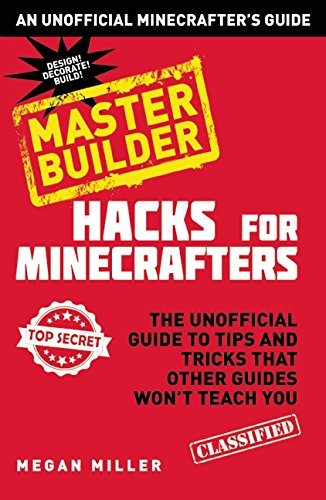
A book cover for Hacks for Minecrafters: Master Builder: The Unofficial Guide to Tips and Tricks That Other Guides Won't Teach You; Megan Miller; Humor & Entertainment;